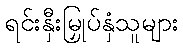
ရင်းနှီးမြှုပ်နှံသူများ